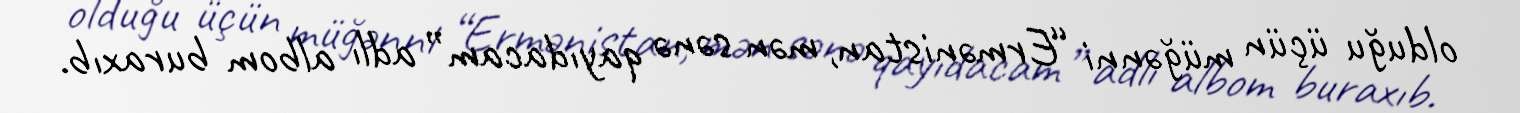
olduğu üçün müğənni “Ermənistan, mən sənə qayıdacam” adlı albom buraxıb.